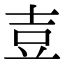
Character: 壴